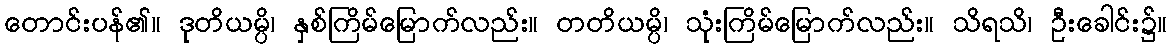
တောင်းပန်၏။ ဒုတိယမ္ပိ၊ နှစ်ကြိမ်မြောက်လည်း။ တတိယမ္ပိ၊ သုံးကြိမ်မြောက်လည်း။ သိရသိ၊ ဦးခေါင်း၌။